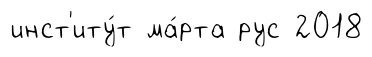
инст'иту́т ма́рта рус 2018